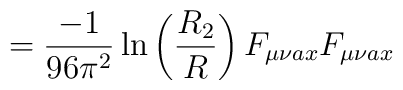
=\frac{-1}{96\pi^2}\ln\left(\frac{R_2}{R}\right)F_{\mu\nu ax}F_{\mu\nu	ax}